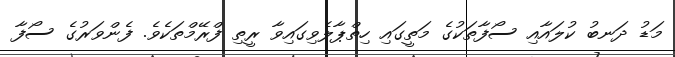
މަޑު ދަނބު ކުލައާއި ސޯފާތަކުގެ މަތީގައި ހިތްޕާލެވިގައިވާ ރީތި ފްރޭމްތަކެވެ. ފެންވަރުގެ ސޯފާ